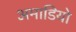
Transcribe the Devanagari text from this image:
अमाडियो